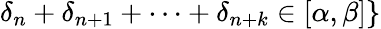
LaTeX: \delta_{n}+\delta_{n+1}+\cdots+\delta_{n+k}\in[\alpha,\beta]\}